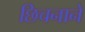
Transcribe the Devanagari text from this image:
छिचनाने